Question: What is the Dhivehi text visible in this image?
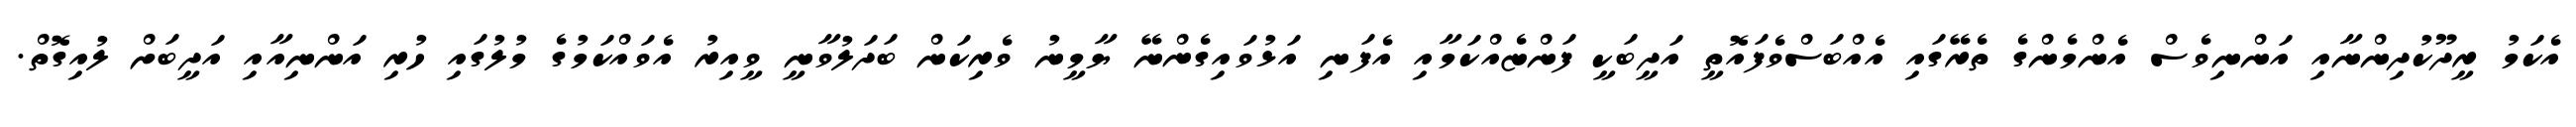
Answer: އެކަމު ރީދޫކުދިންނާއި އަންނިވެސް އެންމެންގެ ތެރޭގައި އެއްބަސްވެފައޮތީ އަދީބަކީ ފަންޏެއްކަމާއި އެފަނި އަޅުވައިގެންނޭ ޔާމީނު ވެރިކަން ބަދަލުވާނީ ވީއިރު އެވައްކަމުގެ މުލުގައި ހުރި އަންނިއާއި އަދީބަށް ލުއިގޮތް.